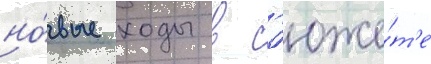
но́вые ходы в с'юже́т'е